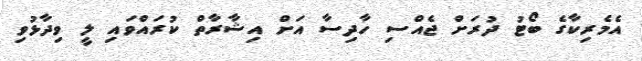
އެމެރިކާގެ ބޯޓު ދުރަށް ޖެއްސި ހާދިސާ އަށް އިޝާރާތް ކުރައްވައި ލީ ވިދާޅުވި